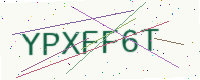
Text: YPXFF6T